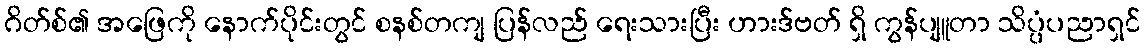
ဂိတ်စ်၏ အဖြေကို နောက်ပိုင်းတွင် စနစ်တကျ ပြန်လည် ရေးသားပြီး ဟားဒ်ဗတ် ရှိ ကွန်ပျူတာ သိပ္ပံပညာရှင်